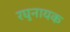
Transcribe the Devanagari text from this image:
रघुनायक